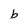
Character: b